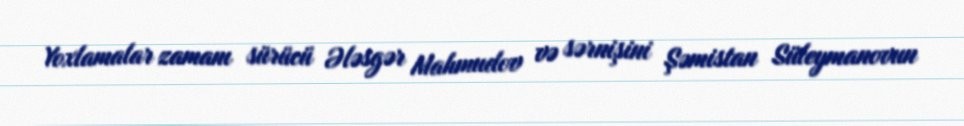
Yoxlamalar zamanı sürücü Ələsgər Mahmudov və sərnişini Şəmistan Süleymanovun